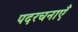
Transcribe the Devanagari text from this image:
पदरचनाएँ